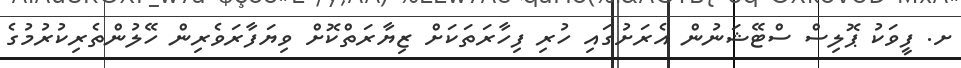
ށ. ފީވަކު ޕޮލިސް ސްޓޭޝަނުން އެރަށުގައި ހުރި ފިހާރަތަކަށް ޒިޔާރަތްކޮށް ވިޔަފާރަވެރިން ހޭލުންތެރިކުރުމުގެ